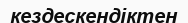
кездескендіктен